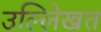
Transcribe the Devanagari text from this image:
उल्लेिखत